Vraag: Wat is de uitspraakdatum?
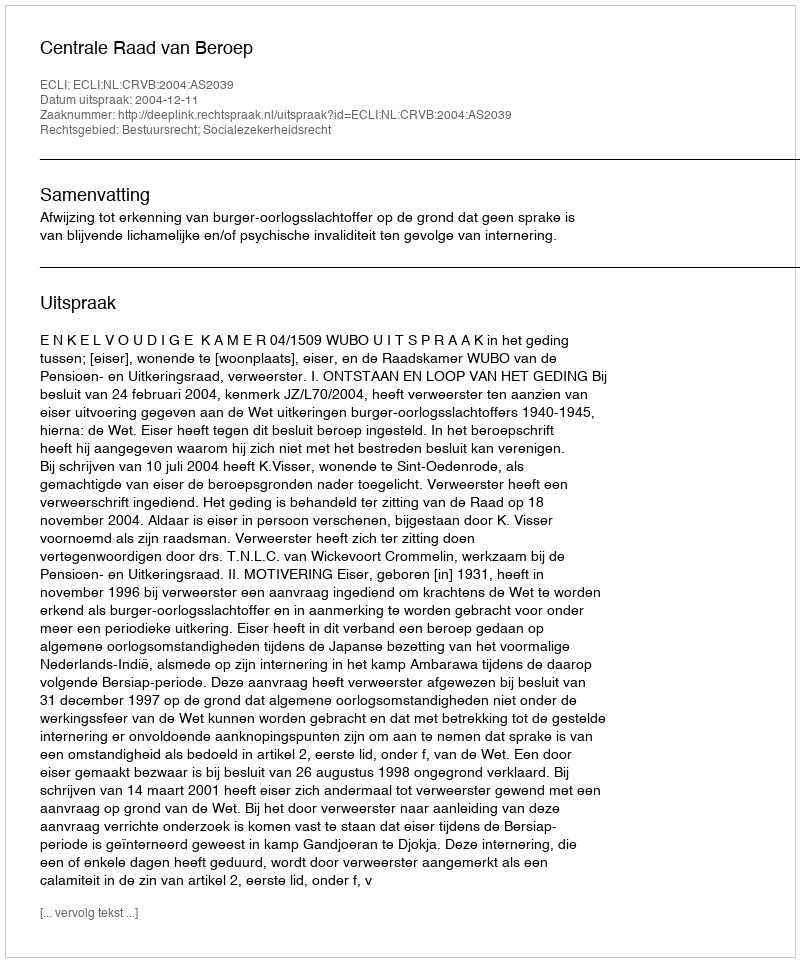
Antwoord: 2004-12-11